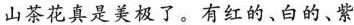
山茶花真是美极了。有红的、白的、紫